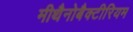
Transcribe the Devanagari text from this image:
मीथैनोबैक्टीरियम